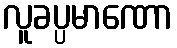
လူခပ္ပမာဏော